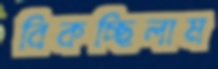
বিকচ্ছিলাম